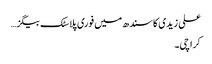
علی زیدی کا سندھ میں فوری پلاسٹک بیگز…
کراچی۔